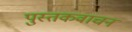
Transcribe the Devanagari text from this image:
पुस्तकवाचन